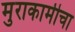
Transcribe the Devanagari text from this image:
मुराकामीचा